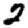
Digit: 2